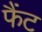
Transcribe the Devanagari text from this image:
फैंट